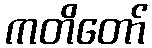
ကတိတော်